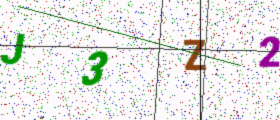
Text: J3Z2